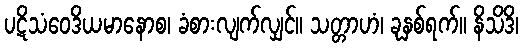
ပဋိသံဝေဒိယမာနောစ၊ ခံစားလျက်လျှင်။ သတ္တာဟံ၊ ခုနှစ်ရက်။ နိသိဒိ၊